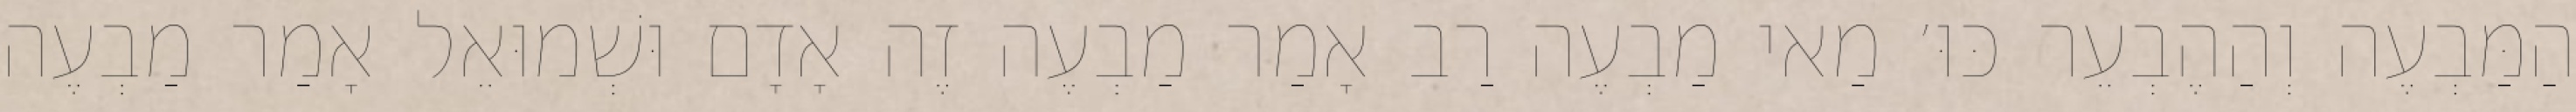
הַמַּבְעֶה וְהַהֶבְעֵר כּוּ׳ מַאי מַבְעֶה רַב אָמַר מַבְעֶה זֶה אָדָם וּשְׁמוּאֵל אָמַר מַבְעֶה